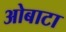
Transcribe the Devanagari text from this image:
ओबाटा